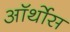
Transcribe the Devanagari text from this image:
ऑर्थोस